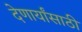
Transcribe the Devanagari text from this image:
देणार्यांसाठी